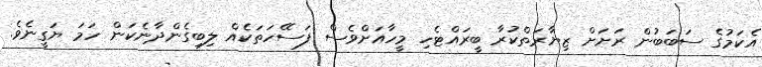
އެކަމުގެ ސަބަބުން ރަށަށް ޒިޔާރަތްކުރާ ބީރައްޓެހި މީހާއަށްވެސް ފަސޭހަތަކެއް ލިބިގެންދާނެކަން ހަމަ ޔަގީނެވެ.